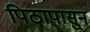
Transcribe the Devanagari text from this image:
पिठापासुन